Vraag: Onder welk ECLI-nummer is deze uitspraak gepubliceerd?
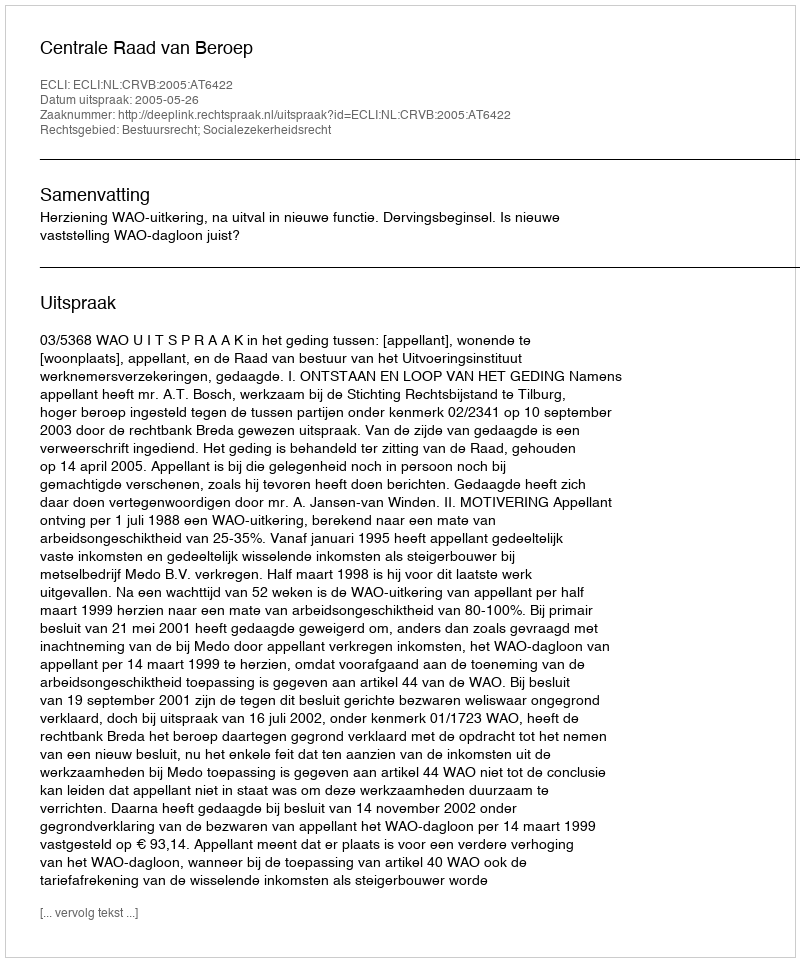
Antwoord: ECLI:NL:CRVB:2005:AT6422